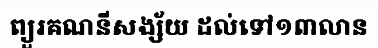
ព្យួរគណនីសង្ស័យ ដល់ទៅ១៣លាន